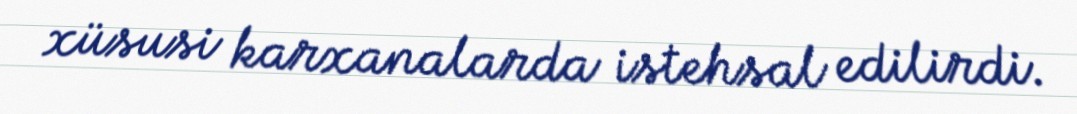
xüsusi karxanalarda istehsal edilirdi.